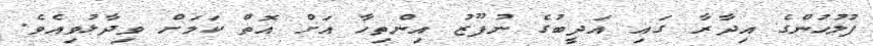
ފުލުހުންގެ އިދާރާ ގައި އަދީބުގެ ނުފޫޒު އިންތިހާ އަށް އޮތް ކަމަށް ވިދާޅުވިއެވެ.